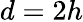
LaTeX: d=2h